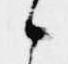
候